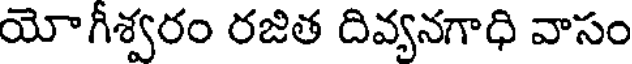
యోగీశ్వరం రజిత దివ్యనగాధి వాసం